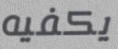
يكفيه